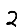
Digit: 2